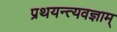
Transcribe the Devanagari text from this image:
प्रथयन्त्यवज्ञाम्‌